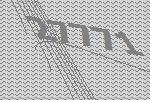
27771